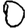
Digit: 0